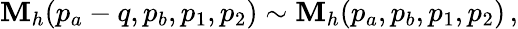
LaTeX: {\cal\mathbf{M}}_{h}(p_{a}-q,p_{b},p_{1},p_{2})\sim{\cal\mathbf{M}}_{h}(p_{a},p_{b},p_{1},p_{2})\, ,